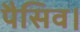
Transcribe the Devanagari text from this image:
पैसिव।